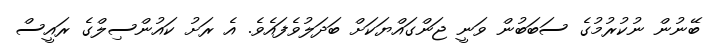
ބޭނުން ނުކުރުމުގެ ސަބަބުން ވަނީ ޖަންގައްޔަކަށް ބަދަލުވެފައެވެ. އެ ރަށު ކައުންސިލްގެ ރައީސް